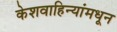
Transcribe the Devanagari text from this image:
केशवाहिन्यांमधून